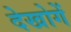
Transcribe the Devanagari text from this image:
देखोगें